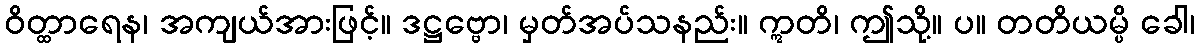
ဝိတ္ထာရေန၊ အကျယ်အားဖြင့်။ ဒဋ္ဌဗ္ဗော၊ မှတ်အပ်သနည်း။ ဣတိ၊ ဤသို့။ ပ။ တတိယမ္ပိ ခေါ၊